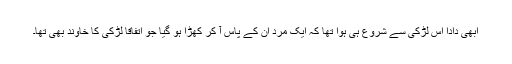
ابھی دادا اس لڑکی سے شروع ہی ہوا تھا کہ ایک مرد ان کے پاس آ کر کھڑا ہو گیا جو اتفاقاً لڑکی کا خاوند بھی تھا۔